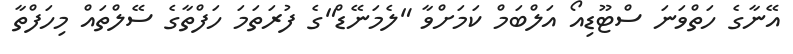
އޭނާގެ ހަތްވަނަ ސްޓޫޑިއޯ އަލްބަމް ކަމަށްވާ "ލެމަނޭޑް"ގެ ފުރަތަމަ ހަފްތާގެ ސޭލްތައް މިހަފްތާ